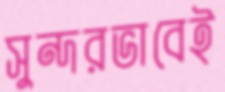
সুন্দরভাবেই